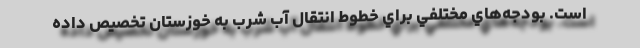
است. بودجه‌هاي مختلفي براي خطوط انتقال آب شرب به خوزستان تخصيص داده